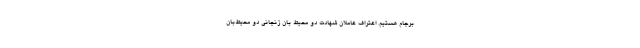
برجام هستیم. اعتراف عاملان شهادت دو محیط‌ بان زنجانی دو محیط‌بان